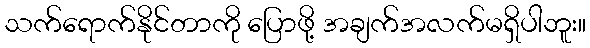
သက်ရောက်နိုင်တာကို ပြောဖို့ အချက်အလက်မရှိပါဘူး။